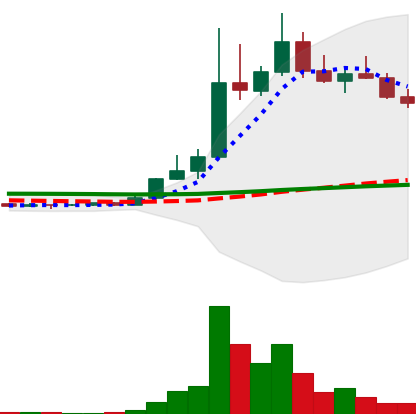
Ticker: DOGE-USD
Chart end date: 2022-11-07
Forward return: -20.899%
Label: down_7plus